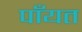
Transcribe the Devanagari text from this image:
पाँयत